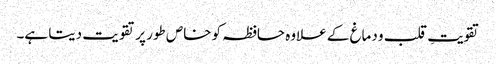
تقویتِ قلب و دماغ کے علاوہ حافظہ کو خاص طور پر تقویت دیتا ہے۔